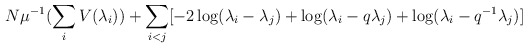
\begin{align*}N\mu^{-1} (\sum_i V(\lambda_i)) +\sum_{i<j}[-2\log(\lambda_i-\lambda_j)+\log(\lambda_i-q\lambda_j)+\log(\lambda_i-q^{-1}\lambda_j)]\end{align*}